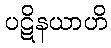
ပဋိနယာဟိ